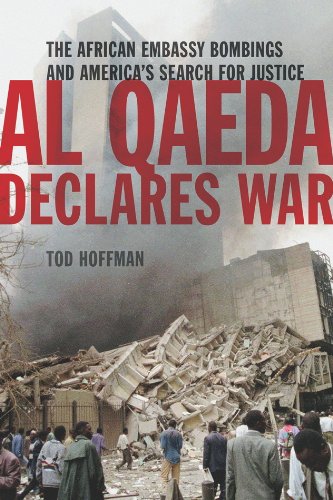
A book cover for Al Qaeda Declares War: The African Embassy Bombings and America's Search for Justice; Tod Hoffman; History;